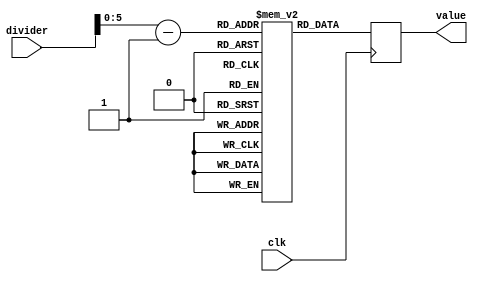
`timescale 1ns / 1ps
//////////////////////////////////////////////////////////////////////////////////
// Company: 
// Engineer: 
// 
// Design Name: 
// Module Name: filter_balanced_lookup
// Project Name: 
// Target Devices: 
// Tool Versions: 
// Description: 
// 
// Dependencies: 
// 
// Revision:
// Revision 0.01 - File Created
// Additional Comments:
// 
//////////////////////////////////////////////////////////////////////////////////


module pll_filter_balanced_lookup(
    input clk,
    input [6:0] divider,
    output reg [9:0] value
    );
    (*rom_style = "block" *) reg [9:0] lookup [0:64];
    wire [5:0] addr;
   initial
   begin
           lookup[0]=10'b0011_0111_00;
           lookup[1]=10'b0011_0111_00;
           lookup[2]=10'b0101_1111_00;
           lookup[3]=10'b0111_1111_00;
           lookup[4]=10'b0111_1011_00;
           lookup[5]=10'b1101_0111_00;
           lookup[6]=10'b1110_1011_00;
           lookup[7]=10'b1110_1101_00;
           lookup[8]=10'b1111_1101_00;
           lookup[9]=10'b1111_0111_00;
           lookup[10]=10'b1111_1011_00;
           lookup[11]=10'b1111_1101_00;
           lookup[12]=10'b1111_0011_00;
           lookup[13]=10'b1110_0101_00;
           lookup[14]=10'b1111_0101_00;
           lookup[15]=10'b1111_0101_00;
           lookup[16]=10'b1111_0101_00;
           lookup[17]=10'b1111_0101_00;
           lookup[18]=10'b0111_0110_00;
           lookup[19]=10'b0111_0110_00;
           lookup[20]=10'b0111_0110_00;
           lookup[21]=10'b0111_0110_00;
           lookup[22]=10'b0101_1100_00;
           lookup[23]=10'b0101_1100_00;
           lookup[24]=10'b0101_1100_00;
           lookup[25]=10'b1100_0001_00;
           lookup[26]=10'b1100_0001_00;
           lookup[27]=10'b1100_0001_00;
           lookup[28]=10'b1100_0001_00;
           lookup[29]=10'b1100_0001_00;
           lookup[30]=10'b1100_0001_00;
           lookup[31]=10'b1100_0001_00;
           lookup[32]=10'b1100_0001_00;
           lookup[33]=10'b0100_0010_00;
           lookup[34]=10'b0100_0010_00;
           lookup[35]=10'b0100_0010_00;
           lookup[36]=10'b0010_1000_00;
           lookup[37]=10'b0010_1000_00;
           lookup[38]=10'b0010_1000_00;
           lookup[39]=10'b0011_0100_00;
           lookup[40]=10'b0010_1000_00;
           lookup[41]=10'b0010_1000_00;
           lookup[42]=10'b0010_1000_00;
           lookup[43]=10'b0010_1000_00;
           lookup[44]=10'b0010_1000_00;
           lookup[45]=10'b0010_1000_00;
           lookup[46]=10'b0010_1000_00;
           lookup[47]=10'b0010_1000_00;
           lookup[48]=10'b0010_1000_00;
           lookup[49]=10'b0010_1000_00;
           lookup[50]=10'b0010_1000_00;
           lookup[51]=10'b0010_1000_00;
           lookup[52]=10'b0010_1000_00;
           lookup[53]=10'b0100_1100_00;          
           lookup[54]=10'b0100_1100_00;
           lookup[55]=10'b0100_1100_00;
           lookup[56]=10'b0100_1100_00;
           lookup[57]=10'b0100_1100_00;
           lookup[58]=10'b0100_1100_00;
           lookup[59]=10'b0100_1100_00;
           lookup[60]=10'b0010_0100_00;
           lookup[61]=10'b0010_0100_00;
           lookup[62]=10'b0010_0100_00;
           lookup[63]=10'b0010_0100_00;
   end
assign addr = divider - 1;
always @(posedge clk)
begin
    value = lookup[addr];
end     
    
    
endmodule